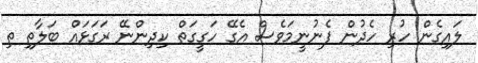
ލައިގެން ހުރި ހެދުން ފެނުނީމަވެސް އެގޭ ހަގީގަތް ކިދިންނޭ ރަގަޅައް ބަލާތި ތި